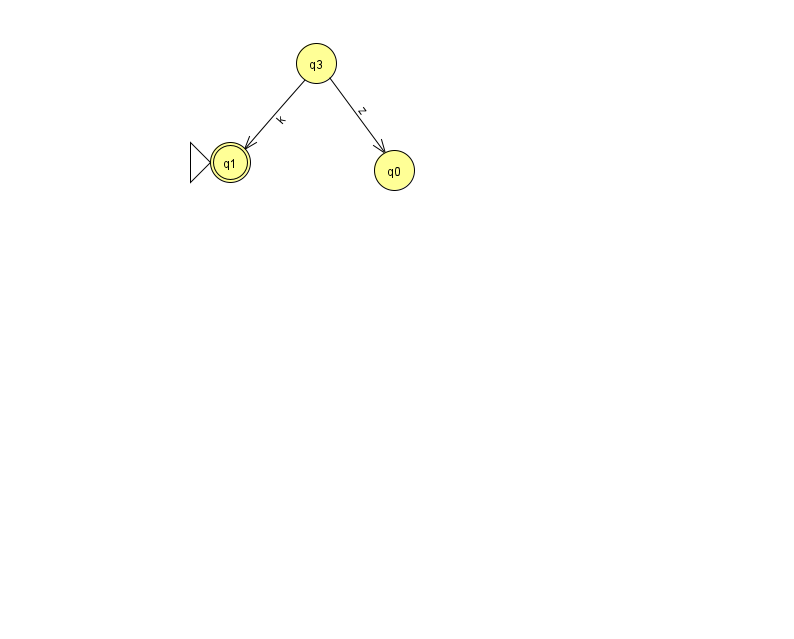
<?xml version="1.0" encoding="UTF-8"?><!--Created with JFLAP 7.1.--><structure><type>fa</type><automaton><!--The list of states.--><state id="0" name="q0"><x>394.0</x><y>157.0</y></state><state id="1" name="q1"><x>230.0</x><y>149.0</y><initial/><final/></state><state id="3" name="q3"><x>316.0</x><y>50.0</y></state><!--The list of transitions.--><transition><from>3</from><to>0</to><read>z</read></transition><transition><from>3</from><to>1</to><read>k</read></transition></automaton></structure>